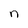
Character: n